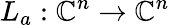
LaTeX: L_{a}:\mathbb{C}^{n}\to\mathbb{C}^{n}